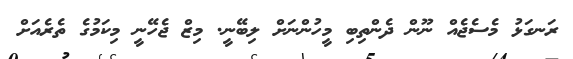
ރަނގަޅު މެސެޖެއް ނޫން ދެންތިބި މީހުންނަށް ލިބޭނީ. މިޒް ޖެހޭނީ މިކަމުގެ ތެރެއަށް